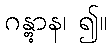
ဂန္တွာန၊ ၍။